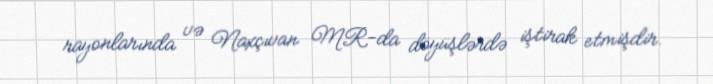
rayonlarında və Naxçıvan MR-da döyüşlərdə iştirak etmişdir.